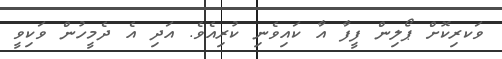
ވަކރިކޮށް ޕޯލިން ފީފާ އާ ކައިވެނި ކުރިއެވެ. އަދި އެ ދެމީހުން ވަކިވީ